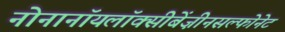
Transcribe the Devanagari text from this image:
नोनानॉयलॉक्सीबेंज़ीनसल्फोनेट